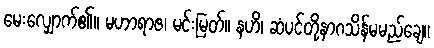
မေးလျှောက်၏။ မဟာရာဇ၊ မင်းမြတ်။ နဟိ၊ ဆံပင်တို့နာဂသိန်မမည်ချေ။